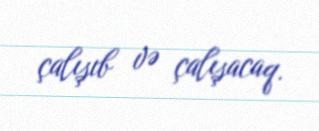
çalışıb və çalışacaq.